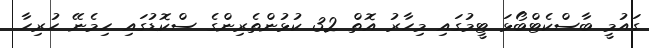
ގައުމީ ބާސްކެޓްބޯޅަ ޓީމުގައި މިހާރު އޮތް 32 ކުޅުންތެރިންގެ ސްކޮޑުގައި ހިމެނޭ ހުރިހާ